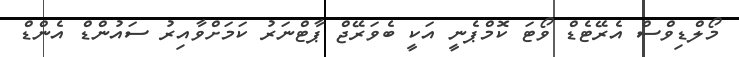
މޯލްޑިވްސް އެރޭޓެޑް ވޯޓަ ކޮމްޕެނީ އަކީ ބެވަރޭޖް ޕާޓްނަރު ކަމަށްވާއިރު ސައުންޑް އެންޑް